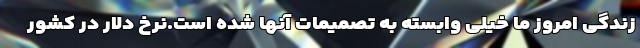
زندگی امروز ما خیلی وابسته به تصمیمات آنها شده است.نرخ دلار در كشور